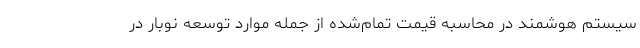
سیستم هوشمند در محاسبه قیمت تمام‌شده از جمله موارد توسعه نوبار در